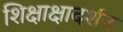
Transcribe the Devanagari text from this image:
शिक्षाक्षादर्शन